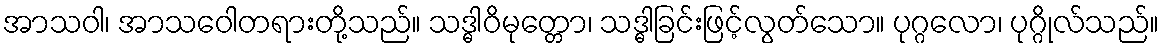
အာသဝါ၊ အာသဝေါတရားတို့သည်။ သဒ္ဓါဝိမုတ္တော၊ သဒ္ဓါခြင်းဖြင့်လွတ်သော။ ပုဂ္ဂလော၊ ပုဂ္ဂိုလ်သည်။